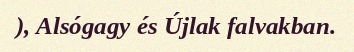
), Alsógagy és Újlak falvakban.